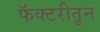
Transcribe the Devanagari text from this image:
फॅक्टरीतून